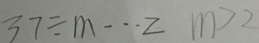
3 7 \div m \cdots 2 m > 2